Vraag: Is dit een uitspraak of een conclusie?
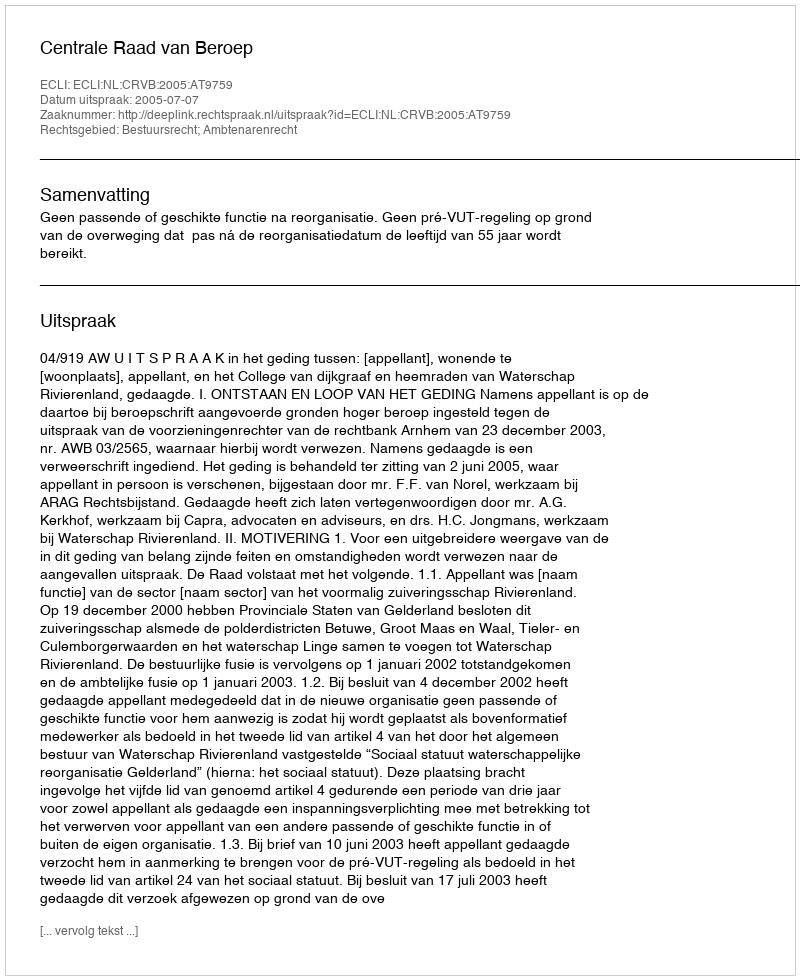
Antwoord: Uitspraak